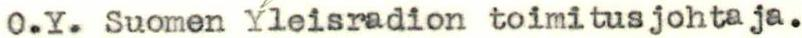
O.Y. Suomen Yleisradion toimitusjohtaja.